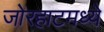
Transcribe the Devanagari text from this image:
जोरहाटमध्ये